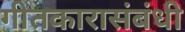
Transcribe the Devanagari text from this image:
गीतकारासंबंधी